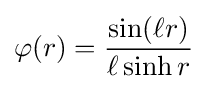
\varphi (r)={\sin(\ell r) \over \ell \sinh r}